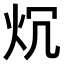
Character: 𤆤